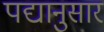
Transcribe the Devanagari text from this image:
पद्यानुसार